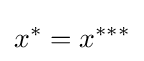
x^{*}=x^{***}